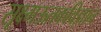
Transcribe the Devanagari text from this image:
सूक्ष्मऊतकविज्ञान